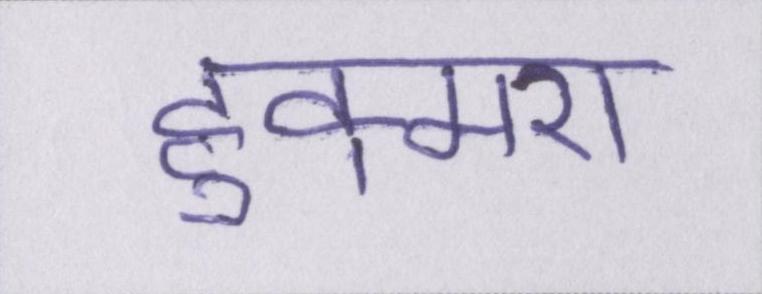
हुक्मरां